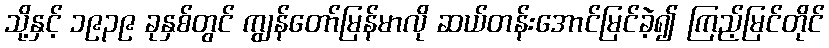
သို့နှင့် ၁၉၃၉ ခုနှစ်တွင် ကျွန်တော်မြန်မာလို ဆယ်တန်းအောင်မြင်ခဲ့၍ ကြည့်မြင်တိုင်